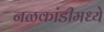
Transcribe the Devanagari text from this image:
नळकांडीमध्ये